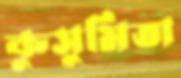
কুসুমিতা